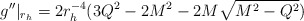
\begin{align*}g''|_{r_h}=2r^{-4}_h(3Q^2-2M^2-2M \sqrt{M^2-Q^2})\end{align*}